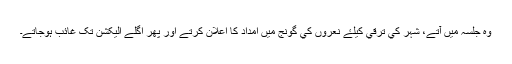
وہ جلسہ ميں آتے، شہر کي ترقي کيلۓ نعروں کي گونج ميں امداد کا اعلان کرتے اور پھر اگلے اليکشن تک غائب ہوجاتے۔